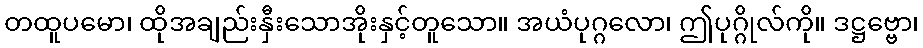
တထူပမော၊ ထိုအချည်းနှီးသောအိုးနှင့်တူသော။ အယံပုဂ္ဂလော၊ ဤပုဂ္ဂိုလ်ကို။ ဒဋ္ဌဗ္ဗော၊